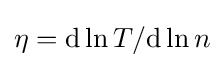
\eta ={\text{d}}\ln T/{\text{d}}\ln n